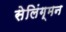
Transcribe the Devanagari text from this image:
सेलिंग्मन